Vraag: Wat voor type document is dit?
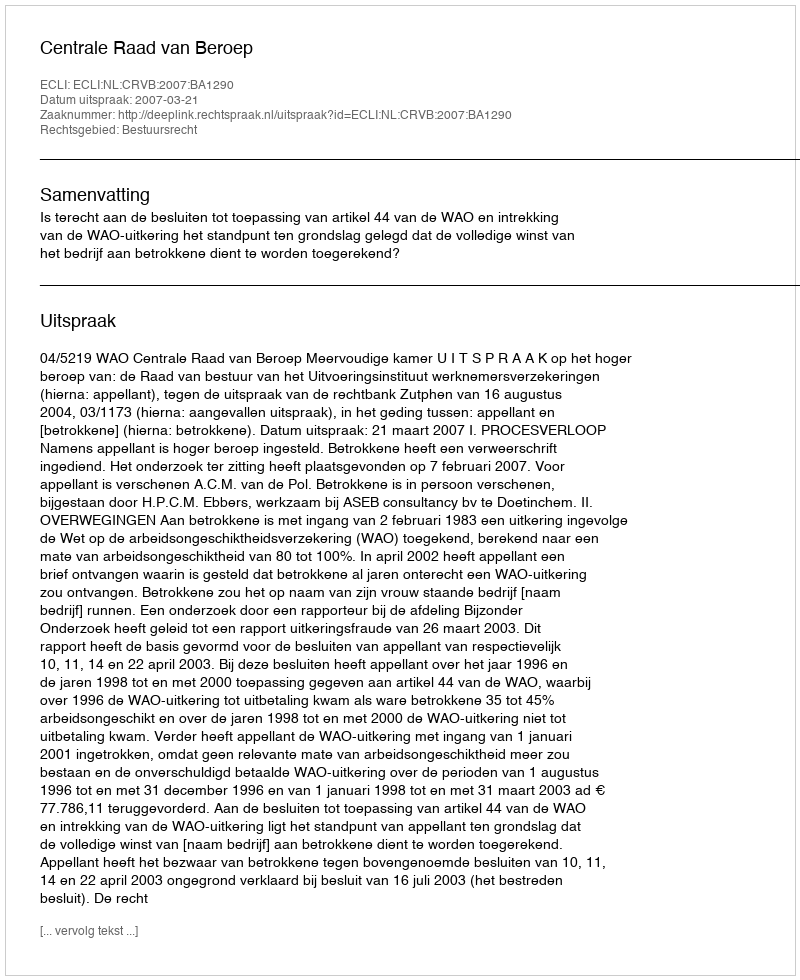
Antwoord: Uitspraak